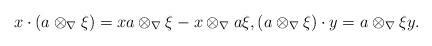
LaTeX: \begin{align*}x \cdot (a \otimes_\nabla \xi) = xa \otimes_\nabla \xi - x \otimes_\nabla a\xi, (a \otimes_\nabla \xi) \cdot y = a \otimes_\nabla \xi y.\end{align*}